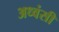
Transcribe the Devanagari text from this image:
अध्वंसी